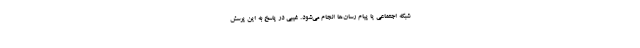
شبکه اجتماعی یا پیام رسان‌ها انجام می‌شود. غیبی در پاسخ به این پرسش